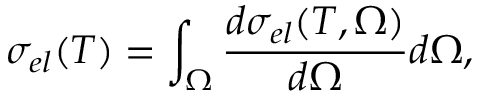
\sigma _ { e l } ( T ) = \int _ { \Omega } \frac { d \sigma _ { e l } ( T , \Omega ) } { d \Omega } d \Omega ,